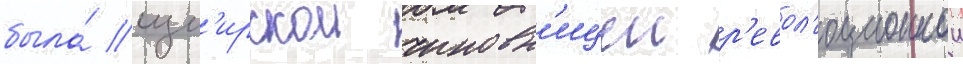
была́ изм'ирскои чиновн'ицеи р'евол'юционнои